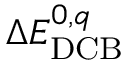
\Delta E _ { \mathrm { D C B } } ^ { 0 , q }